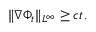
\| \nabla \Phi _ { t } \| _ { L ^ { \infty } } \geq c t .